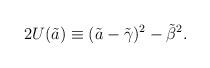
LaTeX: \begin{align*}2U(\tilde a) \equiv (\tilde a-{\tilde \gamma})^2 -{\tilde \beta}^2.\end{align*}